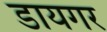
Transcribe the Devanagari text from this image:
डायगर